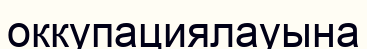
оккупациялауына